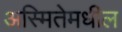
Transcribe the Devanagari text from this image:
अस्मितेमधील